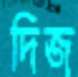
দিজ